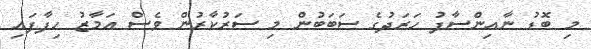
މި ބޮޑު ނާއިންސާފު ހަރަދުގެ ސަބަބުން މި ސަރުކާރުން ވެސް އަމާޒު ހިފާފައި